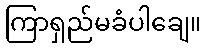
ကြာရှည်မခံပါချေ။